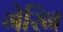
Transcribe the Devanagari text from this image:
गेरिन